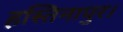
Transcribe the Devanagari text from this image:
हस्तिनापुर।